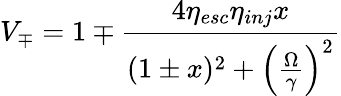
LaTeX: V_{\mp}=1\mp\frac{4\eta_{esc}\eta_{inj}x}{(1\pm x)^{2}+\left(\frac{\Omega}{\gamma}\right)^{2}}